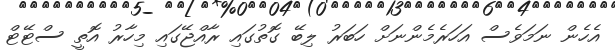
އެހެން ނަމަވެސް އަހަރެމެންނަށް ހަބަރު ލިބޭ ގޮތުގައި ރާއްޖޭގައި މިހާރު އޮތީ ސްޓޭޓް